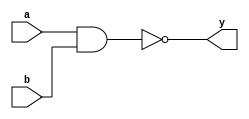
module nand_gate_assign (
       input a,
       input b,
       output y
   );
       assign y = ~ ( a & b );
endmodule